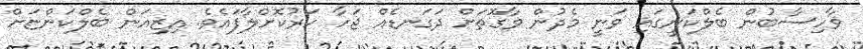
ވާހިސާބުން ބެލްކަނީގައި ވަނީ މެދުން ވާގޮތަށް ދަގަނޑެއް ޖަހާ ހަރުކޮށްލާފައެވެ. އިޒިއަން ބެލްކަންޏަށް